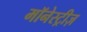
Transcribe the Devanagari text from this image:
मॉनेस्ट्रीज़